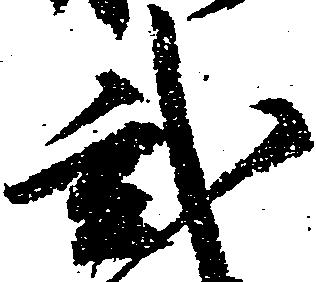
弐